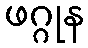
ဖဂ္ဂုန